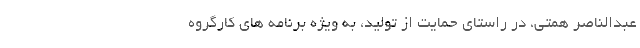
عبدالناصر همتی، در راستای حمایت از تولید، به ویژه برنامه های کارگروه